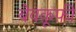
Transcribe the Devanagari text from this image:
बेवक़ूफ़ी